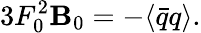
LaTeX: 3F_{0}^{2}\mathbf{B}_{0}=-\langle\bar{{q}}q\rangle.